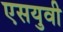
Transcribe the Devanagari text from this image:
एसयुवी